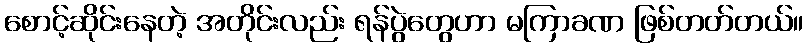
စောင့်ဆိုင်းနေတဲ့ အတိုင်းလည်း ရန်ပွဲတွေဟာ မကြာခဏ ဖြစ်တတ်တယ်။